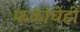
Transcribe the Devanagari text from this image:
फळांचेही